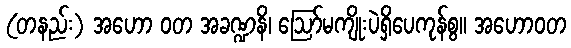
(တနည်း) အဟော ဝတ အခဏ္ဍနိ၊ ဩော်မကျိုးပဲရှိပေကုန်စွ။ အဟောဝတ